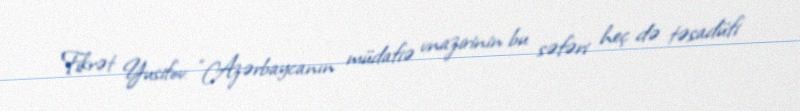
Fikrət Yusifov: “Azərbaycanın müdafiə vnazirinin bu səfəri heç də təsadüfi